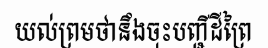
យល់ព្រមថានឹងចុះបញ្ជីដីព្រៃ